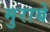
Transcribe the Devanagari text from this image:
मुराबे